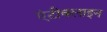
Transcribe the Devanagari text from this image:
एंटीक्लाइन